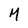
Character: M